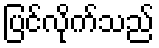
ပြင်လိုက်သည်